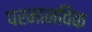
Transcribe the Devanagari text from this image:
परमानविक